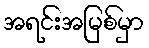
အရင်းအမြစ်မှာ